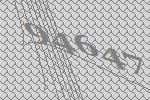
94647